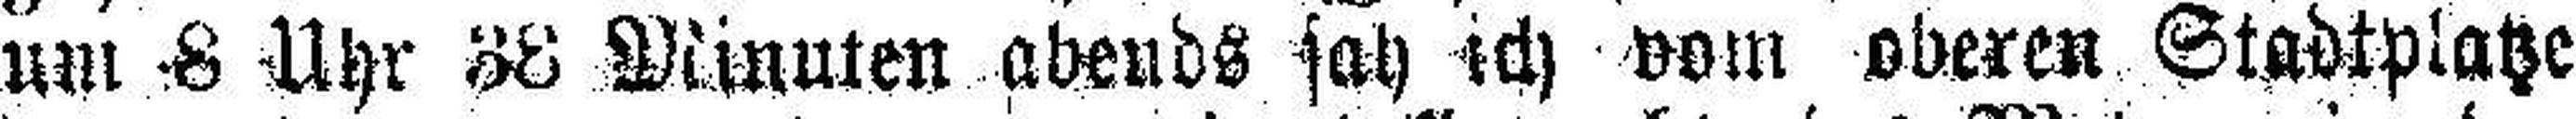
um 8 Uhr 38 Minuten abends sah ich vom oberen Stadtplatze